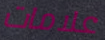
علامات